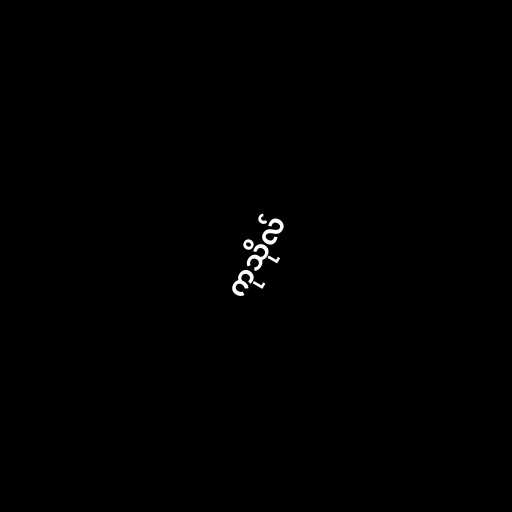
ကုသိုလ်